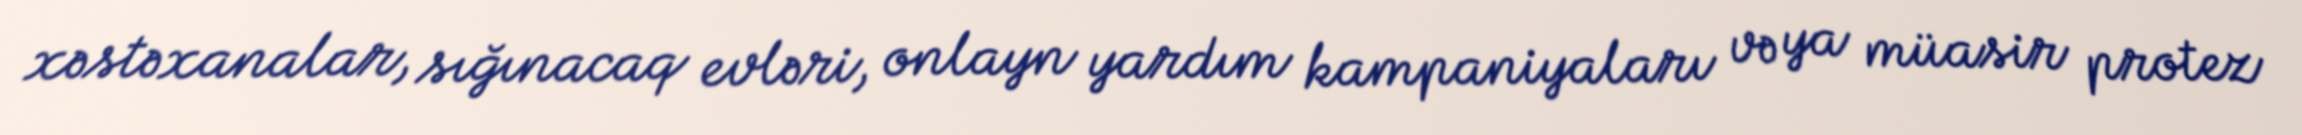
xəstəxanalar, sığınacaq evləri, onlayn yardım kampaniyaları və ya müasir protez